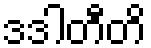
ဒဒါတီတိ